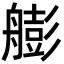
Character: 𦪟